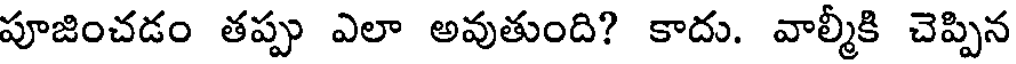
పూజించడం తప్పు ఎలా అవుతుంది? కాదు. వాల్మీకి చెప్పిన